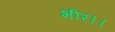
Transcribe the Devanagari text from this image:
भीर।।